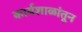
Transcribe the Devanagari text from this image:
कार्यशाळांतून